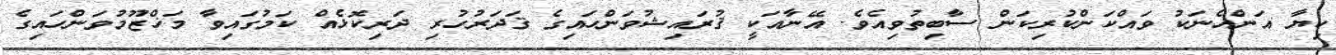
ކިޔާ އަންހެނަކު ވައްކަންކުރިކަން ސާބިތުވިއެވެ. އޭނާއަކީ ޤުރައިޝުވަންހައިގެ ޤަދަރުހުރި ދަރިކޮޅެއް ކަމުގައިވާ މަޚްޒޫމުވަންހައިގެ